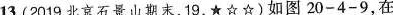
13.(2019北京石景山期末，19，★☆☆)如图20-4-9，在